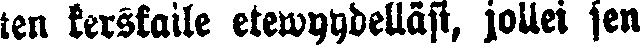
ten kerskaile etewyydelläsi, jollei sen